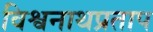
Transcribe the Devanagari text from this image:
विश्वनाथप्रताप